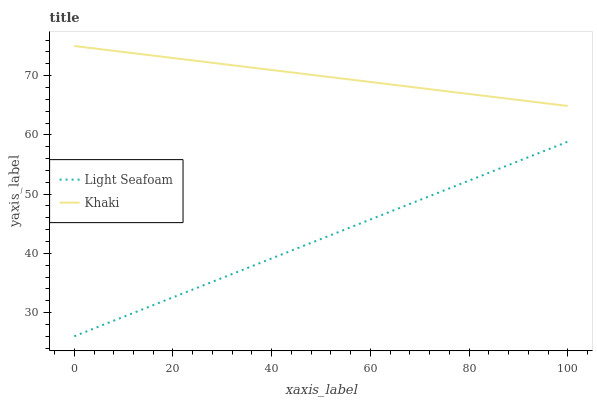
| xaxis_label | Light Seafoam | Khaki |
 | --- | --- | --- |
 | 0 | 26 | 75 |
 | 5.88 | 27.9 | 74.4 |
 | 11.8 | 29.9 | 73.8 |
 | 17.6 | 31.8 | 73.2 |
 | 23.5 | 33.7 | 72.6 |
 | 29.4 | 35.7 | 72 |
 | 35.3 | 37.6 | 71.4 |
 | 41.2 | 39.5 | 70.8 |
 | 47.1 | 41.5 | 70.2 |
 | 52.9 | 43.4 | 69.6 |
 | 58.8 | 45.3 | 69 |
 | 64.7 | 47.3 | 68.5 |
 | 70.6 | 49.2 | 67.9 |
 | 76.5 | 51.1 | 67.3 |
 | 82.4 | 53.1 | 66.7 |
 | 88.2 | 55 | 66.1 |
 | 94.1 | 56.9 | 65.5 |
 | 100 | 58.9 | 64.9 |